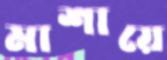
মাশায়ে